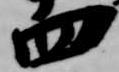
四